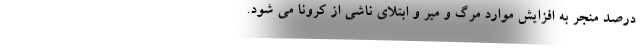
درصد منجر به افزایش موارد مرگ و میر و ابتلای ناشی از کرونا می شود.